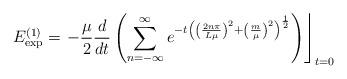
LaTeX: \begin{align*}E_{\exp }^{\left( 1\right) }=\left. -\frac \mu 2\frac d{dt}\left(\sum_{n=-\infty }^\infty e^{-t\left( \left( \frac{2n\pi }{L\mu}\right)^2+\left( \frac m\mu \right) ^2\right) ^{\frac 12}}\right)\right\rfloor_{t=0}\end{align*}